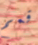
قمم